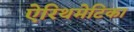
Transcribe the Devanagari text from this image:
ऐरिथमेटिका